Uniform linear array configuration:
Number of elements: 48
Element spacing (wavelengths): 1
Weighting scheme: exponential
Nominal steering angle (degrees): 15
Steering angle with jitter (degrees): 15.25
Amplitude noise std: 0.05
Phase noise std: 0.05

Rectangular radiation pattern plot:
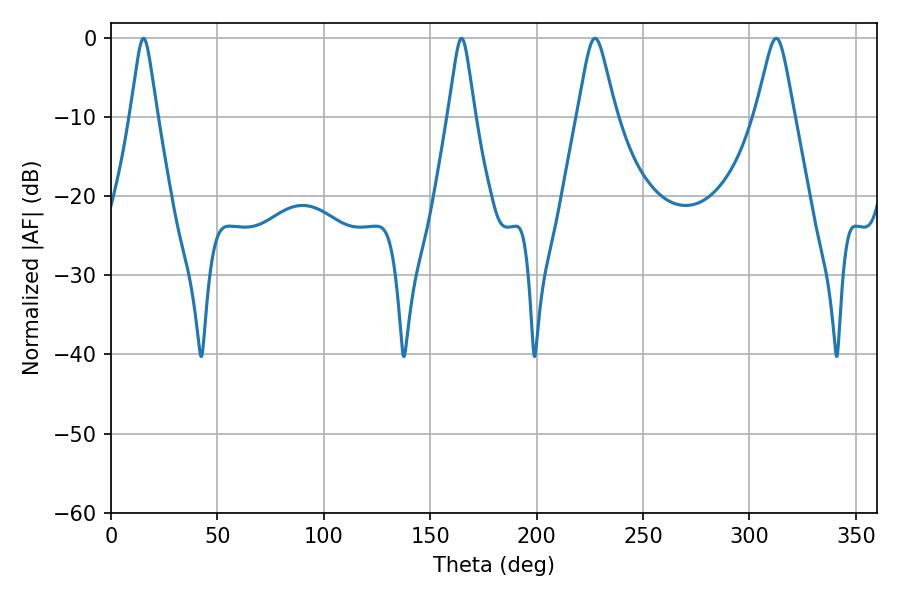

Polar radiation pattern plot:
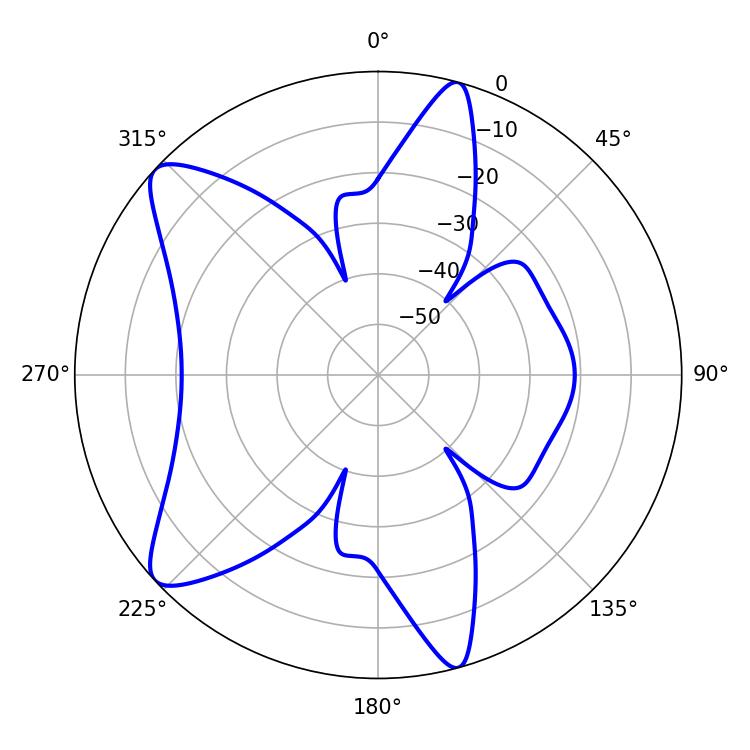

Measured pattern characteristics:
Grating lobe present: TRUE
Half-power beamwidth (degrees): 5.76
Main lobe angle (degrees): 15.3